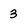
Character: 3